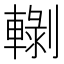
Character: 𰹡